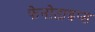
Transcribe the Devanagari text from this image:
फेनोटाइप्स